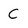
Character: C